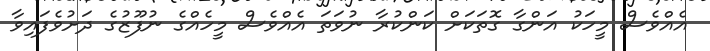
އެއްވެސް މީހަކު އަންގާ ގޮތަކަށް ކަންކުރާ ނުވަތަ އެއްވެސް މީހެއްގެ ނުފޫޒުގެ ދަށުވެފައިވާ